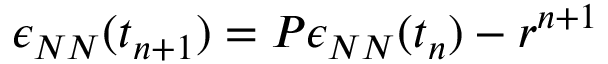
\epsilon _ { N N } ( t _ { n + 1 } ) = P \epsilon _ { N N } ( t _ { n } ) - r ^ { n + 1 }